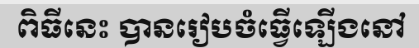
ពិធីនេះ បានរៀបចំធ្វើឡើងនៅ